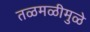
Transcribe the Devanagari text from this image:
तळमळीमुळे